Civil Veterinary Department Bihar & Orissa reports 1929-36 - 1929-1936
Year: 1929
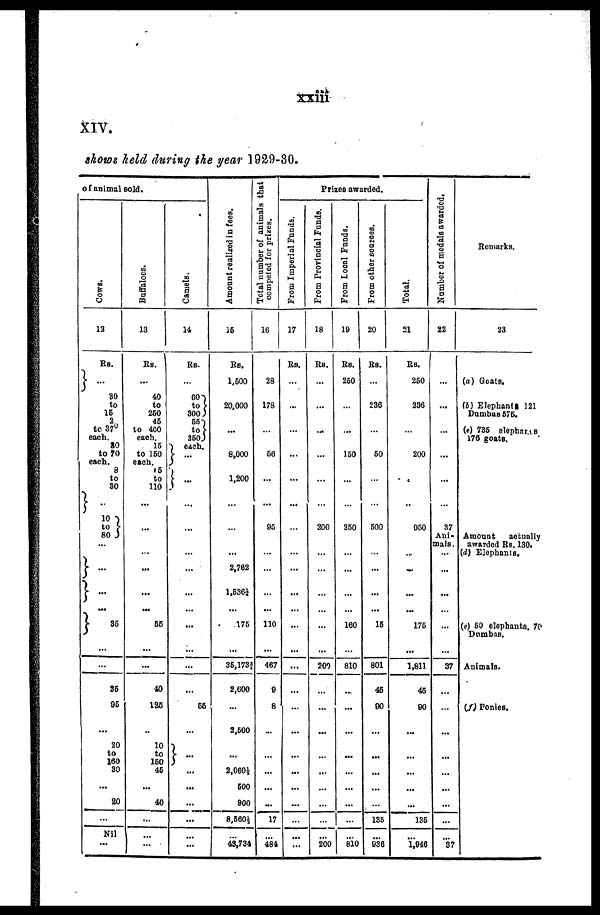
XXiii
XIV.
shows held during the year 1929-30.
of animal sold.
COWS.
12
Rs.
...
30
to
15
6
to 37
each. 80
to 70
each. 8
to
30
10
to
80
...
...
35
...
25
95
...
20
to
160
30
...
20
...
Nil
...
Buffaloes.
13
Rs.
...
40
to
250
45
to 400
each. 15
to 150
each. 5
to
110
...
...
...
55
...
40
125
...
10
to
150
45
...
40
...
...
...
Camels,
14
Rs.
...
60
to 5
300
55
to
250
each.
...
...
...
...
...
...
...
...
55
...
...
...
...
...
...
...
...
Amount realized in fees.
15
Rs.
1,500
20,000
...
8,000
1,200
...
...
2,762
1,536¼
175
35,173¾
2,600
...
2,500
...
2,060
500
900
8,560½
...
43,734
Total number of animals that
competed
for prizes.
16
28
178
...
56
...
95
...
...
110
467
9
8
...
...
...
...
...
17
...
484
Prizes awarded.
From Imperial Funds.
17
Rs.
...
...
...
...
...
...
...
...
...
...
...
...
...
...
...
...
...
...
...
...
From Provincial Funds.
18
Rs.
...
...
...
...
...
200
...
...
200
...
...
...
...
...
...
...
...
...
200
From Local Funds,
19
Rs.
250
...
...
160
...
250
...
...
160
810
...
...
...
...
...
...
...
...
...
810
From other sources.
20
Rs.
...
236
...
50
...
600
...
...
15
801
45
90
...
...
...
...
...
135
...
936
Total.
21
Rs.
250
236
...
200
...
950
...
...
175
1,811
45
90
...
...
...
...
...
135
...
1,946
Number of medals awarded.
22
...
...
...
...
...
37
Ani-
mals.
...
...
...
...
37
...
...
...
...
...
...
...
...
...
37
Remarks.
23
(a) Goats.
(b) Elephants 121
Dumbas 575.
(c) 735 elephar8
176 goats.
Amount
actually
awarded Rs. 130.
(d) Elephants.
(e) 50 elephants, 70
Dumbas.
Animals.
(f) Ponies.